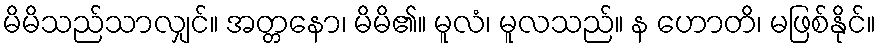
မိမိသည်သာလျှင်။ အတ္တနော၊ မိမိ၏။ မူလံ၊ မူလသည်။ န ဟောတိ၊ မဖြစ်နိုင်။